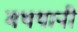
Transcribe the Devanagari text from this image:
मथयानी